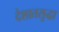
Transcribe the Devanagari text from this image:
देशातसुद्धा